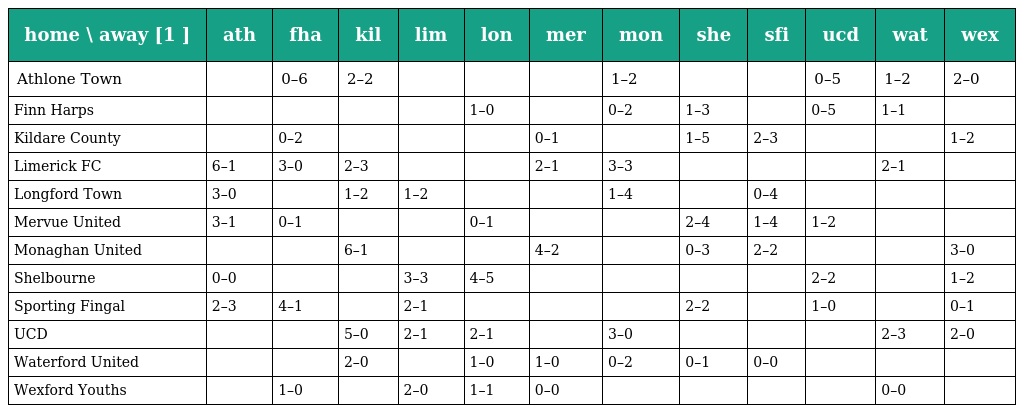
| home \ away [1 ] | ath | fha | kil | lim | lon | mer | mon | she | sfi | ucd | wat | wex |
 | --- | --- | --- | --- | --- | --- | --- | --- | --- | --- | --- | --- | --- |
 | Athlone Town |  | 0–6 | 2–2 |  |  |  | 1–2 |  |  | 0–5 | 1–2 | 2–0 |
 | Finn Harps |  |  |  |  | 1–0 |  | 0–2 | 1–3 |  | 0–5 | 1–1 |  |
 | Kildare County |  | 0–2 |  |  |  | 0–1 |  | 1–5 | 2–3 |  |  | 1–2 |
 | Limerick FC | 6–1 | 3–0 | 2–3 |  |  | 2–1 | 3–3 |  |  |  | 2–1 |  |
 | Longford Town | 3–0 |  | 1–2 | 1–2 |  |  | 1–4 |  | 0–4 |  |  |  |
 | Mervue United | 3–1 | 0–1 |  |  | 0–1 |  |  | 2–4 | 1–4 | 1–2 |  |  |
 | Monaghan United |  |  | 6–1 |  |  | 4–2 |  | 0–3 | 2–2 |  |  | 3–0 |
 | Shelbourne | 0–0 |  |  | 3–3 | 4–5 |  |  |  |  | 2–2 |  | 1–2 |
 | Sporting Fingal | 2–3 | 4–1 |  | 2–1 |  |  |  | 2–2 |  | 1–0 |  | 0–1 |
 | UCD |  |  | 5–0 | 2–1 | 2–1 |  | 3–0 |  |  |  | 2–3 | 2–0 |
 | Waterford United |  |  | 2–0 |  | 1–0 | 1–0 | 0–2 | 0–1 | 0–0 |  |  |  |
 | Wexford Youths |  | 1–0 |  | 2–0 | 1–1 | 0–0 |  |  |  |  | 0–0 |  |